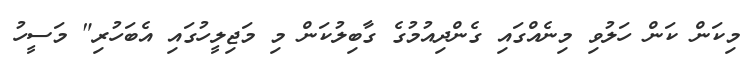
މިކަން ކަން ހަލުވި މިނެއްގައި ގެންދިއުމުގެ ގާބިލުކަން މި މަޖިލީހުގައި އެބަހުރި" މަސީހު